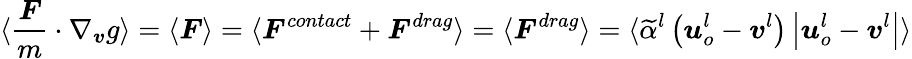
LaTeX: \langle\frac{\boldsymbol{F}}{m}\cdot\nabla_{\boldsymbol{v}}g\rangle=\langle\boldsymbol{F}\rangle=\langle\boldsymbol{F}^{contact}+\boldsymbol{F}^{drag}\rangle=\langle\boldsymbol{F}^{drag}\rangle=\langle\widetilde{\alpha}^{l}\left(\boldsymbol{u}_{o}^{l}-\boldsymbol{v}^{l}\right)\left|\boldsymbol{u}_{o}^{l}-\boldsymbol{v}^{l}\right|\rangle